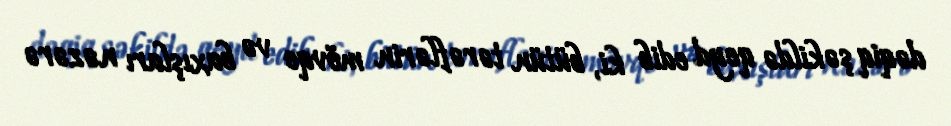
dəqiq şəkildə qeyd edib ki, bütün tərəflərin mövqe və baxışları nəzərə